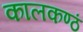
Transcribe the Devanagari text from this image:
कालकण्ठं